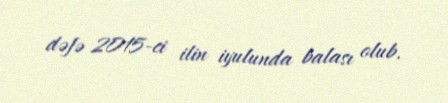
dəfə 2015-ci ilin iyulunda balası olub.